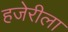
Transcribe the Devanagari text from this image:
हजेरीला